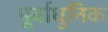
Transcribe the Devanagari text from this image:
पूर्वाधुनिक